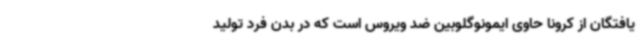
یافتگان از کرونا حاوی ایمونوگلوبین ضد ویروس است که در بدن فرد تولید